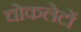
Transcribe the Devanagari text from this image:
चोकलेटों